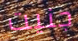
جنيت